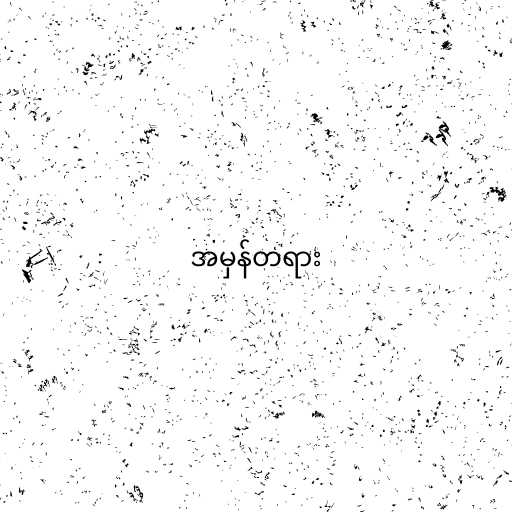
အမှန်တရား